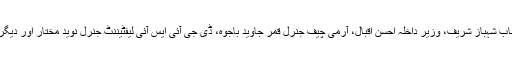
اجلاس میں وزیر اعلیٰ پنجاب شہباز شریف، وزیرِ داخلہ احسن اقبال، آرمی چیف جنرل قمر جاوید باجوہ، ڈی جی آئی ایس آئی لیفٹیننٹ جنرل نوید مختار اور دیگر اعلٰیٰ حکام شریک ہوئے۔